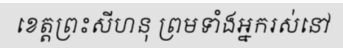
ខេត្តព្រះសីហនុ ព្រមទាំងអ្នករស់នៅ